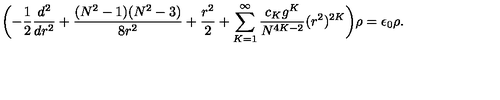
\biggl ( - \frac { 1 } { 2 } \frac { d ^ { 2 } } { d r ^ { 2 } } + \frac { ( N ^ { 2 } - 1 ) ( N ^ { 2 } - 3 ) } { 8 r ^ { 2 } } + \frac { r ^ { 2 } } { 2 } + \sum _ { K = 1 } ^ { \infty } \frac { c _ { K } g ^ { K } } { N ^ { 4 K - 2 } } ( r ^ { 2 } ) ^ { 2 K } \biggr ) \rho = \epsilon _ { 0 } \rho .